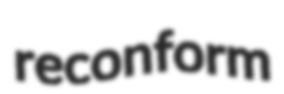
reconform